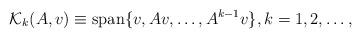
LaTeX: \begin{align*}\mathcal{K}_{k}(A,v)\equiv\mathrm{span}\{v,Av,\dots,A^{k-1}v\},k=1,2,\dots,\end{align*}